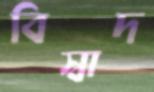
বিস্বাদ